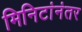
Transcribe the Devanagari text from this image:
मिनिटांनंतर